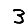
Digit: 3